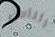
الناس